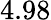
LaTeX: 4.98